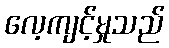
လေ့ကျင့်မှုသည်